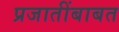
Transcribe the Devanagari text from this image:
प्रजातींबाबत